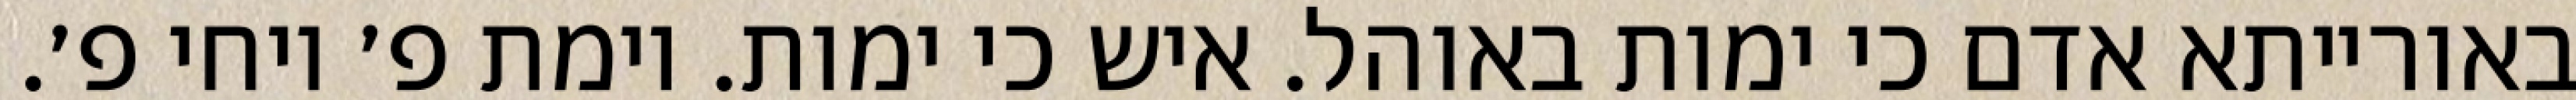
באורייתא אדם כי ימות באוהל. איש כי ימות. וימת פ׳ ויחי פ׳.